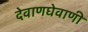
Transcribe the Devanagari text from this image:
देवाणघेवाणी